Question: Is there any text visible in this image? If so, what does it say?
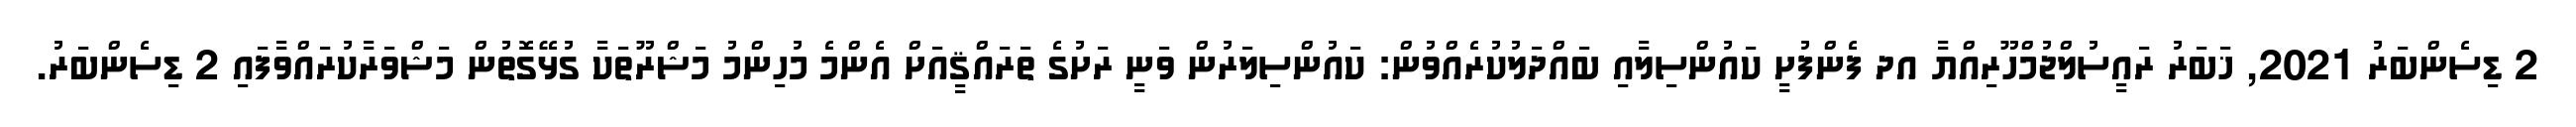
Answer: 2 ޑިސެންބަރު 2021, ޚަބަރު ރައީސުލްޖުމްހޫރިއްޔާ އދ ފެންފުށީ ކައުންސިލާއި ބައްދަލުކުރެއްވުން: ކައުންސިލަރުން ވަނީ ރަށުގެ ތަރައްޤީއަށް އެންމެ މުހިންމު މަޝްރޫތަކާ ގުޅޭގޮތުން މަޝްވަރާކުރައްވާފައި 2 ޑިސެންބަރު.